Lunatic asylums United Provinces 1899-1908 - 1899-1908
Year: 1899
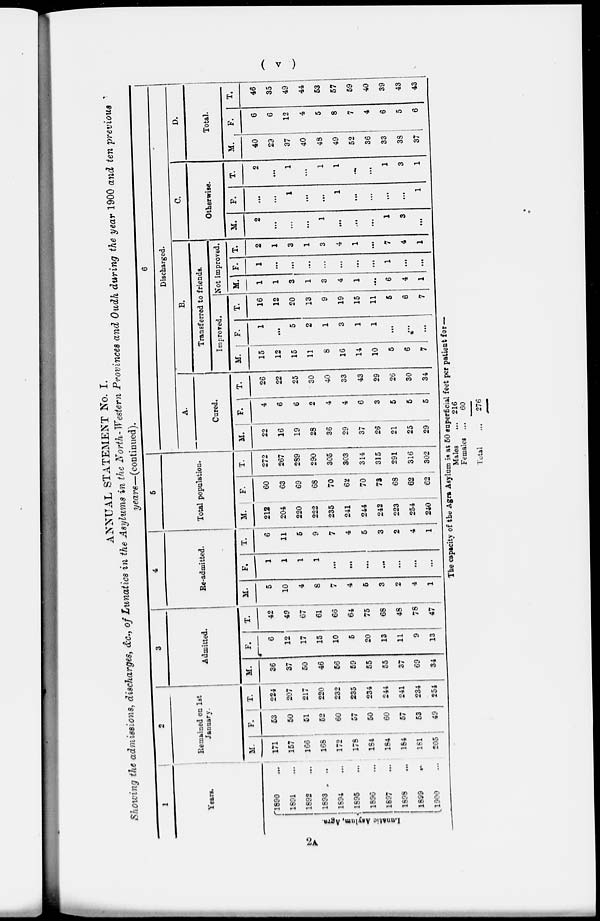
( v )
ANNUAL STATEMENT No. I.
Showing the admissions, discharges, &c., of Lunatics in the Asylums in the North-Western Provinces and Oudh during the year 1900 and ten previous
years—(continued).
1
Years.
Lunatic
Asylum, Agra.
1890 ...
1891 ...
1892 ...
1893 ...
1894 ...
1895 ...
1896 ...
1897 ...
1898 ...
1899 ...
1900 ...
2
Remained on 1st
January.
M.
171
157
166
168
172
176
184
164
164
181
205
F.
53
50
51
52
60
57
50
60
57
53
49
T.
224
207
217
220
232
235
234
244
241
234
254
3
Admitted.
M.
36
37
50
46
56
59
55
55
37
69
34
F.
6
12
17
15
10
5
20
13
11
9
13
T.
42
49
67
61
66
64
75
68
48
78
47
4
Re-admitted.
M.
5
10
4
8
7
4
5
3
2
4
1
F.
1
1
1
1
...
...
...
...
...
...
...
T.
6
11
5
9
7
4
5
3
2
4
1
5
Total population.
M.
212
204
220
222
235
241
244
242
223
254
240
F.
60
63
69
68
70
62
70
73
63
62
62
T.
272
267
289
290
305
303
314
315
291
316
302
6
Discharged.
A.
Cured.
M.
22
16
19
28
36
29
37
26
21
25
29
F.
4
6
6
2
4
4
6
3
5
5
5
T.
26
22
25
30
40
33
43
29
26
30
34
B.
Transferred to friends.
Improved.
M.
15
12
15
11
6
16
14
10
5
6
7
F.
1
...
5
2
1
3
1
1
...
...
...
T.
16
12
20
13
9
19
15
11
5
6
7
Not improved.
M.
1
1
3
1
3
4
1
...
6
4
1
F.
1
...
...
...
...
...
...
...
1
...
...
T.
2
1
3
1
3
4
1
...
7
4
1
C.
Otherwise.
M.
2
...
...
...
1
...
...
...
1
3
...
F.
...
...
1
...
...
1
...
...
...
...
1
T.
2
...
1
...
1
1
...
...
1
3
1
D.
Total.
M.
40
29
37
40
48
49
52
36
33
33
37
F.
6
6
12
4
5
8
7
4
6
5
6
T.
46
35
49
44
53
57
59
40
39
43
43
The capacity of the Agra Asylum is at 50 superficial feet per patient for —
Males ...
Females ...
Total ...
216
60
276